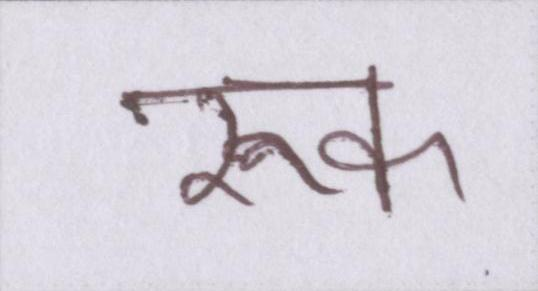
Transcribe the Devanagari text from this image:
रुक